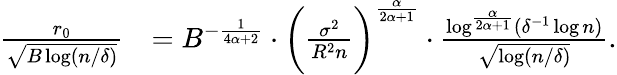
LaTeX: \begin{array}{rl}{\frac{r_{0}}{\sqrt{B\log(n/\delta)}}}&{=B^{-\frac{1}{4\alpha+2}}\cdot\bigg(\frac{\sigma^{2}}{R^{2}n}\bigg)^{\frac{\alpha}{2\alpha+1}}\cdot\frac{\log^{\frac{\alpha}{2\alpha+1}}(\delta^{-1}\log n)}{\sqrt{\log(n/\delta)}}.}\end{array}